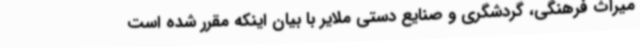
میراث فرهنگی، گردشگری و صنایع دستی ملایر با بیان اینکه مقرر شده است